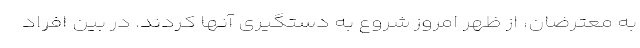
به معترضان، از ظهر امروز شروع به دستگیری آنها کردند. در بین افراد